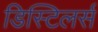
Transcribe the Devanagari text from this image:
डिस्टिलर्स